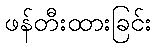
ဖန်တီးထားခြင်း